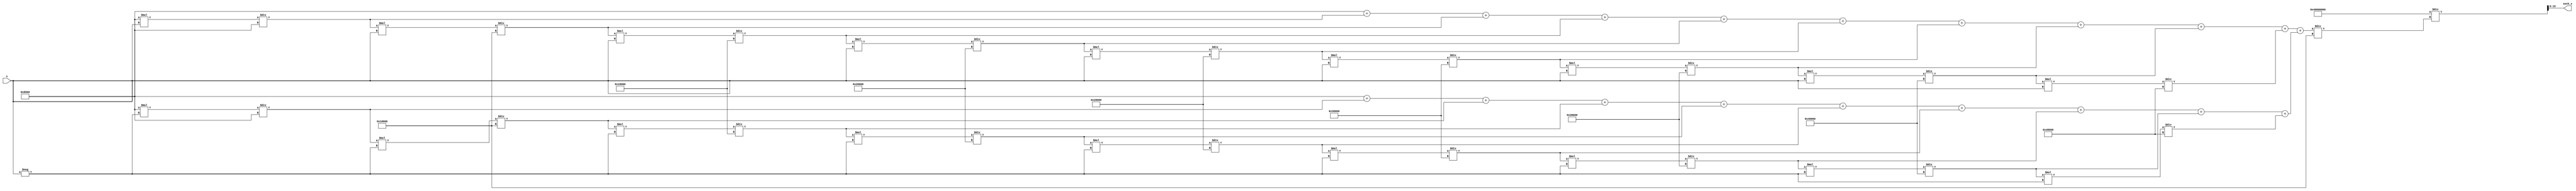
module hyperbolic_secant(
    input wire [15:0] x,     // 16-bit fixed-point input (representing values in some range)
    output wire [15:0] sech_x // 16-bit fixed-point output
);

// Assuming a fixed-point representation with 15 fractional bits
parameter FIXED_POINT_FRACTIONAL_BITS = 15;
parameter FIXED_POINT_SCALING = 1 << FIXED_POINT_FRACTIONAL_BITS; // Scaling factor

// Function to compute e^x using Taylor Series Expansion
function [31:0] exp;
    input [15:0] x; // 16-bit fixed point input x
    reg [31:0] result;
    reg [31:0] term;
    integer i;
    begin
        result = FIXED_POINT_SCALING; // e^0 = 1 in fixed-point
        term = FIXED_POINT_SCALING; // Initialize term to x^0 / 0!
        
        for (i = 1; i < 10; i = i + 1) begin // Calculate up to the 9th term for approximation
            term = (term * x) / (i * FIXED_POINT_SCALING);
            result = result + term;
        end

        exp = result;
    end
endfunction

// Calculate e^x and e^-x
wire [31:0] exp_x = exp(x);          // e^x
wire [31:0] exp_neg_x = exp(-x);     // e^-x

// Calculate cosh(x)
wire [31:0] cosh_x = (exp_x + exp_neg_x) / (2 * FIXED_POINT_SCALING);

// Calculate sech(x)
assign sech_x = (FIXED_POINT_SCALING * FIXED_POINT_SCALING) / cosh_x; // 1/cosh(x)

endmodule